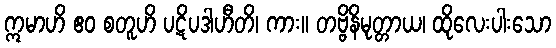
ဣမာဟိ ဧဝ စတူဟိ ပဋိပဒါဟီတိ၊ ကား။ တဗ္ဗိနိမုတ္တာယ၊ ထိုလေးပါးသော